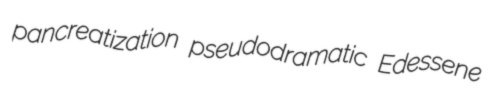
pancreatization pseudodramatic Edessene